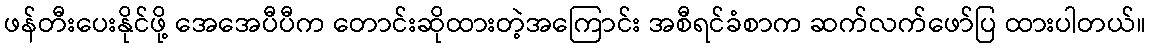
ဖန်တီးပေးနိုင်ဖို့ အေအေပီပီက တောင်းဆိုထားတဲ့အကြောင်း အစီရင်ခံစာက ဆက်လက်ဖော်ပြ ထားပါတယ်။